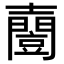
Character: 𡕌